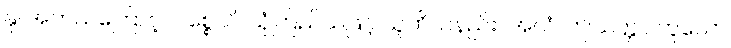
နု၊ အဘယ်ကြောင့်။ ပစ္စေသိ၊ ယုံကြည်သဖြင့် ယူဘိသနည်း။ အယံ၊ ဤသတ္တဝါဟူသော